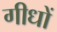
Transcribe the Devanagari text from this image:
गीधों